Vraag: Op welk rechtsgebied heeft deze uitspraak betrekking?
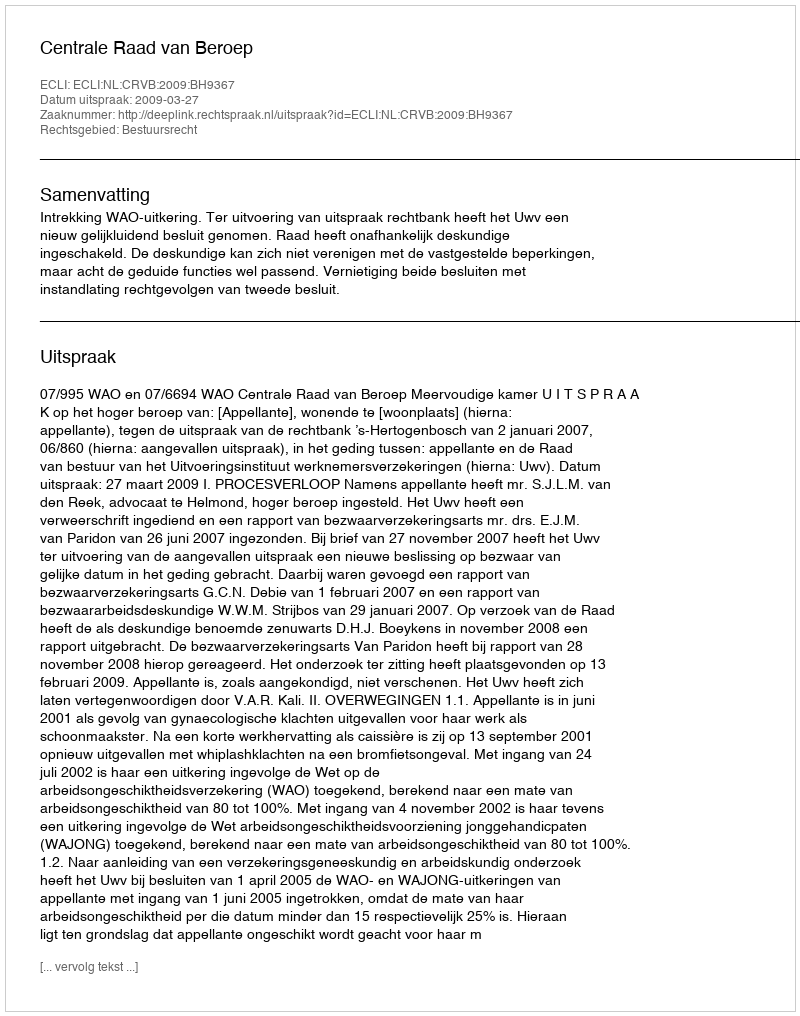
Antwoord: Bestuursrecht